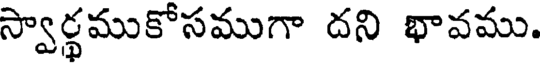
స్వార్థముకోసముగా దని భావము.